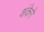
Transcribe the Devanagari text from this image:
शंकेने